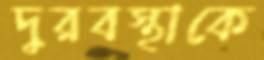
দুরবস্থাকে